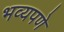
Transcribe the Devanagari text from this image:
भव्यपणे